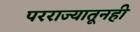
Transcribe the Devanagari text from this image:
परराज्यातूनही